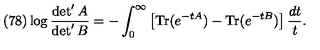
( 7 8 ) \log \frac { \det ^ { \prime } A } { \det ^ { \prime } B } = - \int _ { 0 } ^ { \infty } \left[ \mathrm { T r } ( e ^ { - t A } ) - \mathrm { T r } ( e ^ { - t B } ) \right] \frac { d t } { t } .